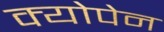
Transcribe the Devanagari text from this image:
क्योपेन